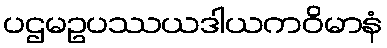
ပဌမဥပဿယဒါယကဝိမာနံ